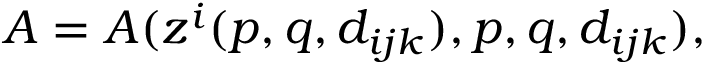
A = A ( z ^ { i } ( p , q , d _ { i j k } ) , p , q , d _ { i j k } ) ,